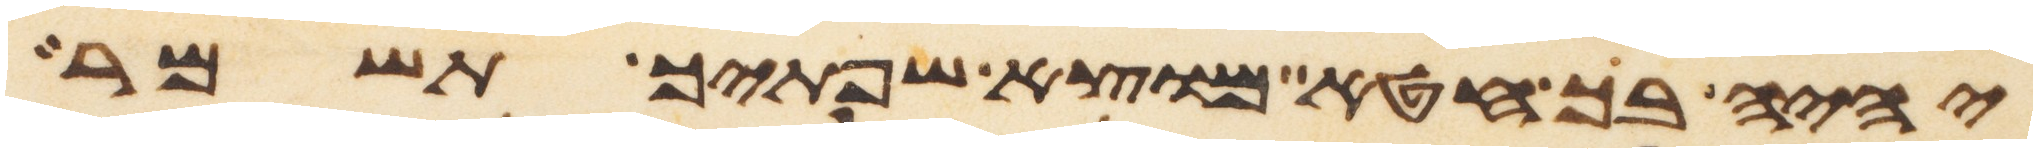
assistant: יהיה בך חטא מוצא שפתיך תשמר